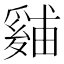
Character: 𪺙